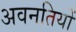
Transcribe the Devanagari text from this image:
अवनतियों